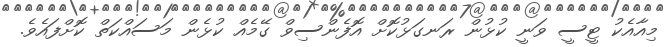
މިއާއެކު ޓީސީ ވަނީ ކުޅުން ރަނގަޅުކޮށް އޮފެންސިވް ގޭމެއް ކުޅެން މަސައްކަތް ކޮށްފައެވެ.